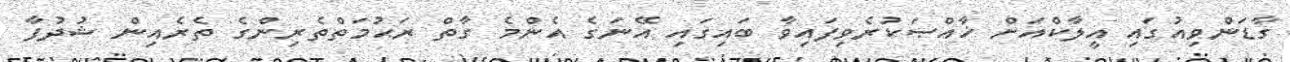
ގާޑަންވިއުގައި އީލާކްއަށް ޚާއްޞަކުރެވިފައިވާ ބައިގައި އޭނަގެ އެންމެ ގާތް ރަޙުމަތްތެރިންގެ ތެރެއިން ޝުދުފާ